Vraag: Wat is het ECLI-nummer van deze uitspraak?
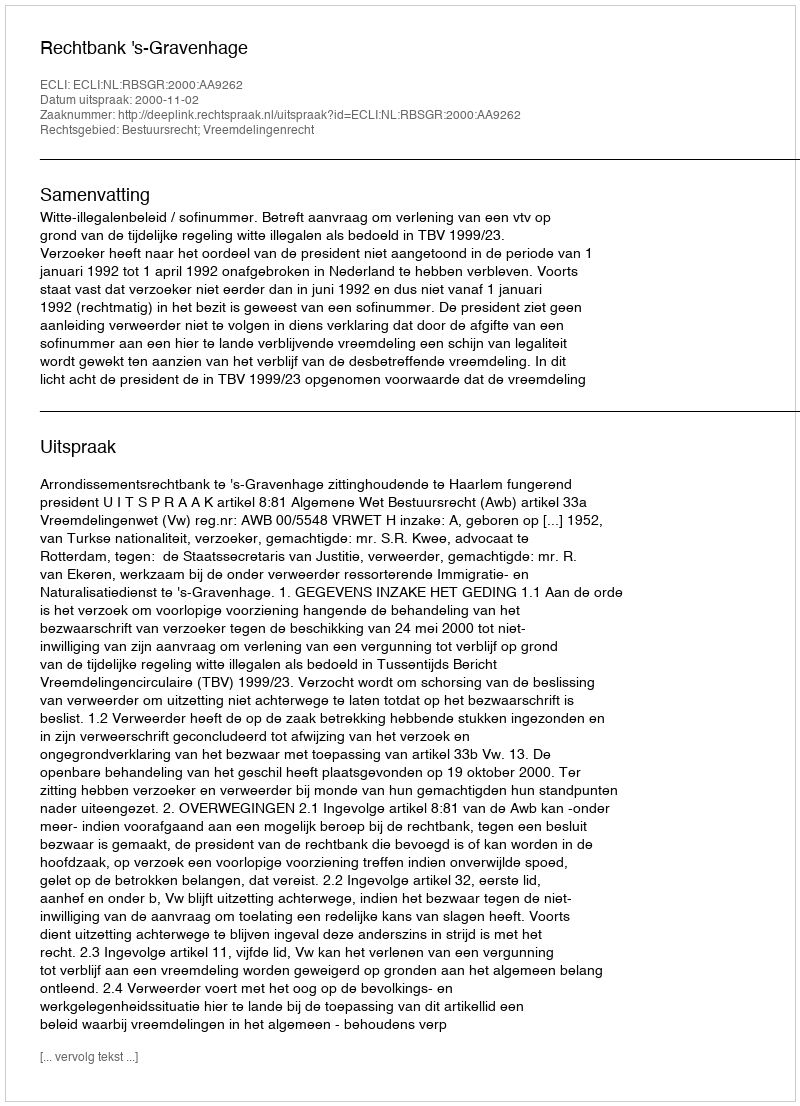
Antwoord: ECLI:NL:RBSGR:2000:AA9262